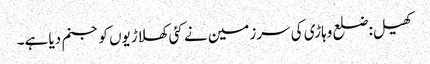
کھیل:ضلع وہاڑی کی سرزمین نے کئی کھلاڑیوں کو جنم دیا ہے۔